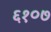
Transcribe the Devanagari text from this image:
६१०७